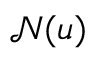
\mathcal { N } ( u )